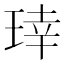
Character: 𬍬